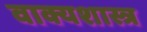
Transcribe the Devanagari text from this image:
वाक्यशास्त्र